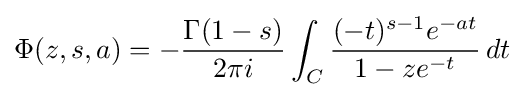
\Phi (z,s,a)=-{\frac {\Gamma (1-s)}{2\pi i}}\int _{C}{\frac {(-t)^{s-1}e^{-at}}{1-ze^{-t}}}\,dt